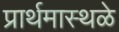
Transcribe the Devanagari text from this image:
प्रार्थमास्थळे